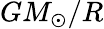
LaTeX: GM_{\odot}/R